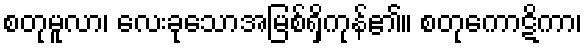
စတုမူလာ၊ လေးခုသောအမြစ်ရှိကုန်၏။ စတုကောဋိကာ၊